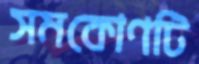
সমকোণটি